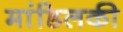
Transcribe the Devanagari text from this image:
मांडिलकी